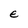
Character: e